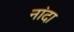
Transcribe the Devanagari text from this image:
नांदा